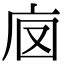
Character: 𢇵